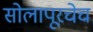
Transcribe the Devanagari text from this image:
सोलापूरचेच